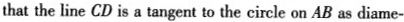
that the line CD is a tangent to the circle on AB as diame-